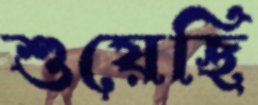
শুয়েছি